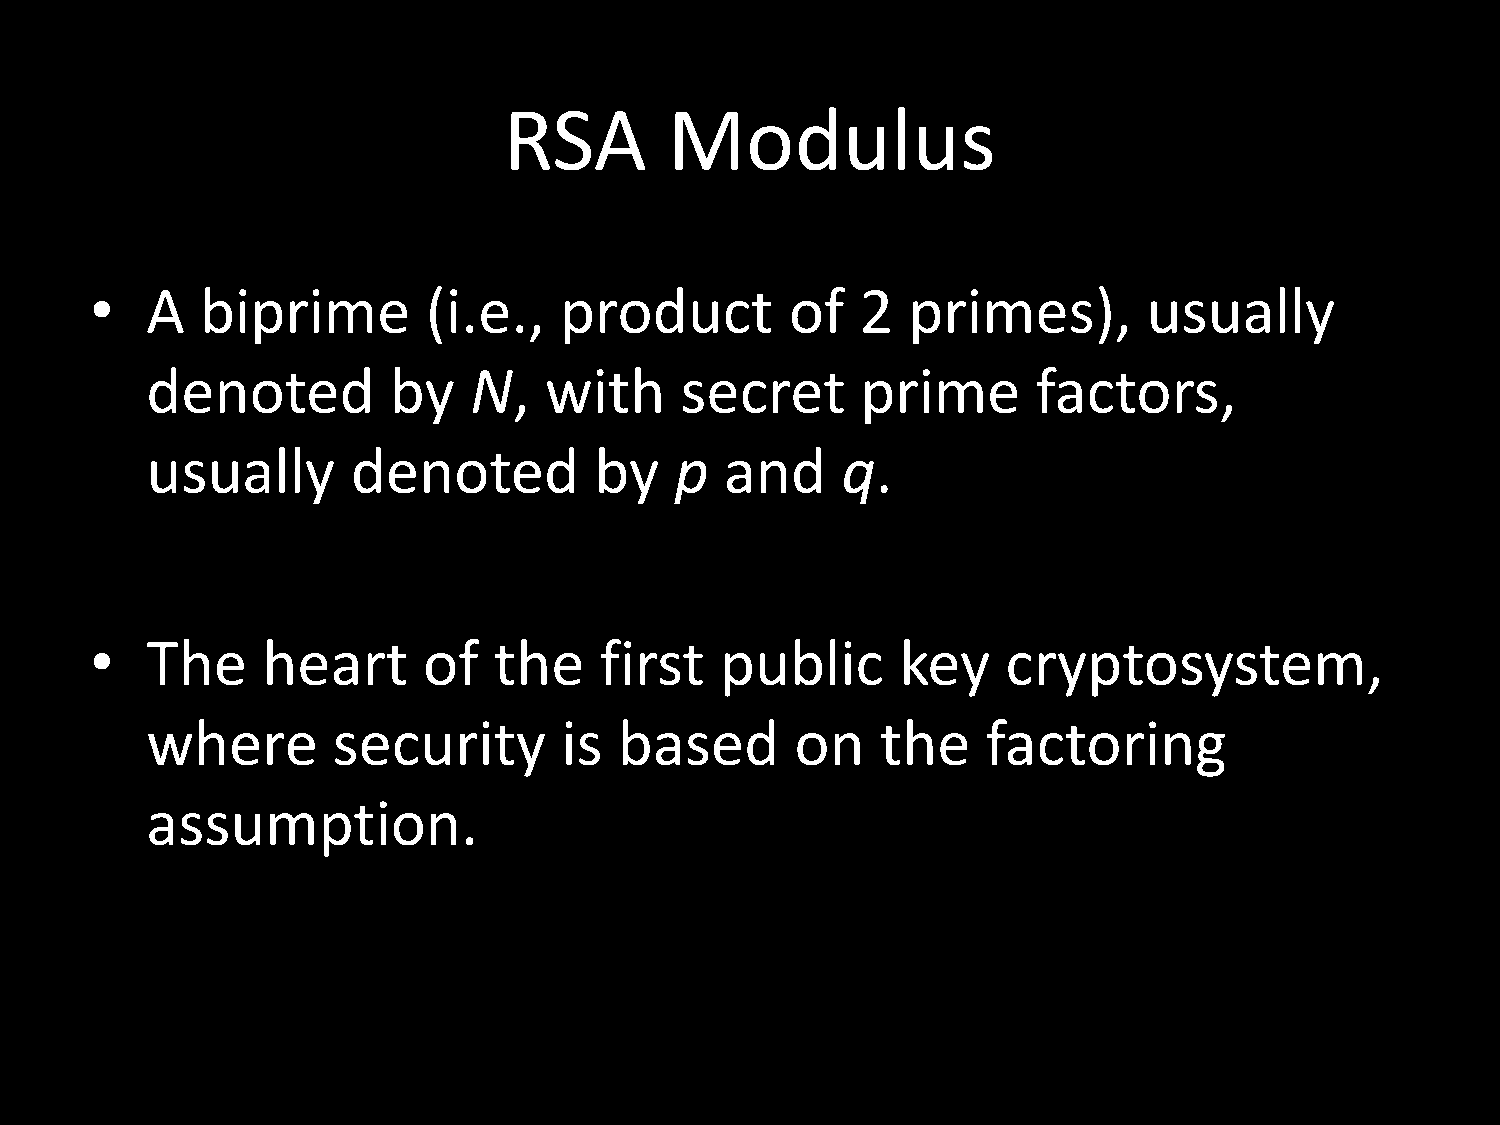
RSA        Modulus
 •   A  biprime        (i.e.,   product        of   2  primes),        usually
 denoted         by   N,   with     secret      prime       factors,
 usually      denoted         by    p  and     q.
 •   The    heart      of   the    first   public      key    cryptosystem,
 where       security       is  based       on   the    factoring
 assumption.